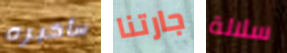
سأخبره جارتنا سلالة